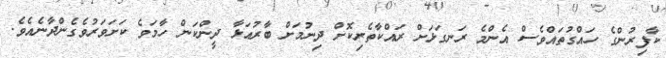
ކާފިރުންގެ ހައްގުތައްވެސް އެންމެ ރަނގަޅަށް ރައްކާތެރިކޮށް ދިނުމަށް ބާރުއަޅާ ދީންކަން ހާމަވެ ކަށަވަރުވެގެންދާނެއެވެ.